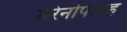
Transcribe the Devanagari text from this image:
मेरेनपिताह